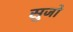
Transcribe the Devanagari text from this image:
सुजो